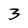
Character: 3